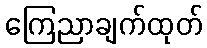
ကြေညာချက်ထုတ်